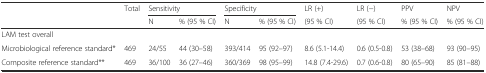
| <ROWSPAN=2>  | <ROWSPAN=2> Total | <COLSPAN=2> Sensitivity | <COLSPAN=2> Specificity | LR (+) | LR (−) | PPV | NPV |
 | N | % (95 % CI) | N | % (95 % CI) | (95 % CI) | (95 % CI) | % (95 % CI) | % (95 % CI) |
 | --- | --- | --- | --- | --- | --- | --- | --- | --- | --- |
 | LAM test overall |  |  |  |  |  |  |  |  |  |
 | Microbiological reference standard* | 469 | 24/55 | 44 (30–58) | 393/414 | 95 (92–97) | 8.6 (5.1-14.4) | 0.6 (0.5-0.8) | 53 (38–68) | 93 (90–95) |
 | Composite reference standard** | 469 | 36/100 | 36 (27–46) | 360/369 | 98 (95–99) | 14.8 (7.4-29.6) | 0.7 (0.6-0.8) | 80 (65–90) | 85 (81–88) |